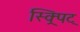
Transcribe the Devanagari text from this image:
स्क्र्पिट्